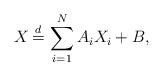
LaTeX: \begin{align*}X \,{\buildrel d \over =}\, \sum_{i=1}^{N}{A_i X_i} + B,\end{align*}